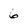
Character: 6